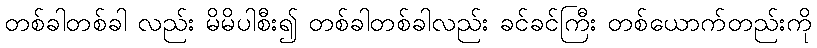
တစ်ခါတစ်ခါ လည်း မိမိပါစီး၍ တစ်ခါတစ်ခါလည်း ခင်ခင်ကြီး တစ်ယောက်တည်းကို